system: You are a helpful assistant.
user:
Analyze the provided spectrum to determine if it is a **Carbon Star (C-type)**.

- **Key Visual Indicators of Carbon Star:**
    - **(Primary):** Strong molecular absorption from **C₂ (diatomic carbon) "Swan Bands."** This is the **defining feature** of a carbon star.
        - **(Key Bandheads):** Sharp absorption edges are visible at approximately $5635$ Å, $5165$ Å (the strongest band), and $4737$ Å.
        - **(Line Profile):** Creates a distinct **"saw-tooth"** pattern. The key morphology is a sharp, steep bandhead on the **red (long-wavelength) side**, which then gradually tapers off (i.e., flux recovers) towards the **blue (short-wavelength) side**. *(This is the direct opposite of the TiO bands seen in M-type stars)*.

    - **(Secondary):** Intense **CN (cyanogen)** molecular absorption bands.
        - **(Key Bandheads):** Located in the blue and violet regions of the spectrum (e.g., near $4215$ Å and $3883$ Å).
        - **(Morphology):** These bands are extremely broad and act as a "blanket," absorbing the vast majority of blue and violet light. This creates a characteristic **"cliff"** or **"steep drop-off"** in the spectrum's flux at short wavelengths.

    - **(Key Confirmation):** Strong **CH absorption band (G-band)**.
        - **(Key Bandhead):** Located around $4300$ Å. The contribution from CH molecules to this band is exceptionally strong.

    - **(Overall Spectrum):**
        - The continuum is severely "chopped up" by these deep molecular bands, especially C₂, rather than appearing as a smooth curve.
        - Due to the heavy CN and C₂ absorption in the blue-green, the vast majority of the star's flux is concentrated in the red part of the spectrum, giving the star its characteristic deep red color.

Think first, call **spectral_visualization_tool** if needed to examine features in detail, then provide your final answer. Your response must adhere to the following strict rules:
1.  **Overall Structure:** Your response must follow the format `<think>...</think> <tool_call>...</tool_call> (if a tool is used) <answer>...</answer>`.
2.  **Tool Usage Constraint:** You may only make **one** tool call per turn.
3.  **Final Answer Format:** In the `<answer>` tag, your conclusion must be inside a `\boxed{}` command (e.g., `\boxed{YES}`), followed by your justification.

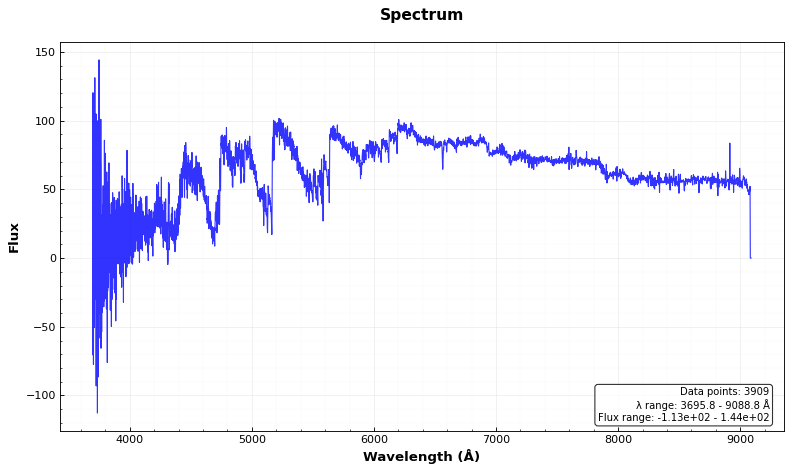
Answer: YES